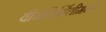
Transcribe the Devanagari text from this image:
वीजनिर्मितीमध्ये